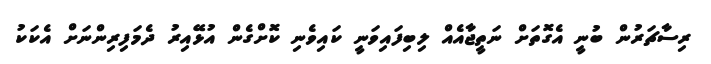
ރިސާޗަރުން ބުނީ އެގޮތަށް ނަތީޖާއެއް ލިބިފައިވަނީ ކައިވެނި ކޮށްގެން އުޅޭއިރު ދެމަފިރިންނަށް އެކަކު